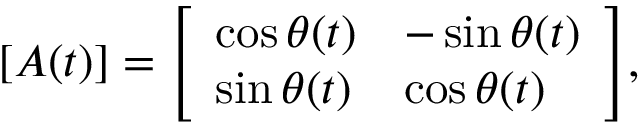
[ A ( t ) ] = { \left[ \begin{array} { l l } { \cos \theta ( t ) } & { - \sin \theta ( t ) } \\ { \sin \theta ( t ) } & { \cos \theta ( t ) } \end{array} \right] } ,